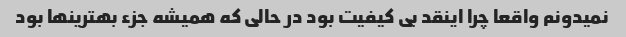
نمیدونم واقعا چرا اینقد بی کیفیت بود در حالی که همیشه جزء بهترینها بود